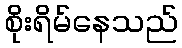
စိုးရိမ်နေသည်